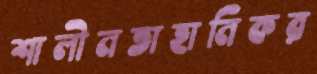
শালীনতাহানিকর